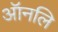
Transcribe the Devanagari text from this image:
ऑनलि